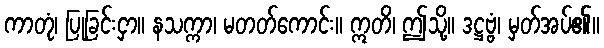
ကာတုံ၊ ပြုခြင်းငှာ။ နသက္ကာ၊ မတတ်ကောင်း။ ဣတိ၊ ဤသို့။ ဒဋ္ဌဗ္ဗံ၊ မှတ်အပ်၏။